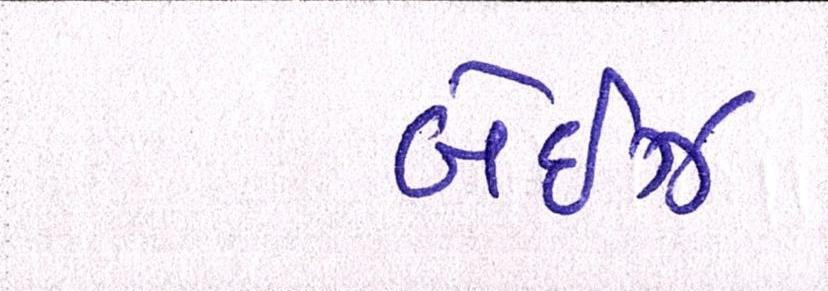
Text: બેઈઝ